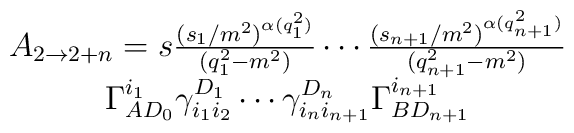
\begin{array}{c}A_{2\rightarrow 2+n}=s\frac{(s_1/m^2)^{\alpha(q_1^2)}}{(q_1^2-m^2)}\cdots \frac{(s_{n+1}/m^2)^{\alpha(q_{n+1}^2)}}{(q_{n+1}^2-m^2)}\\\Gamma_{AD_0}^{i_1} \gamma_{i_1i_2}^{D_1}\cdots\gamma_{i_ni_{n+1}}^{D_n} \Gamma_{BD_{n+1}}^{i_{n+1}}\end{array}